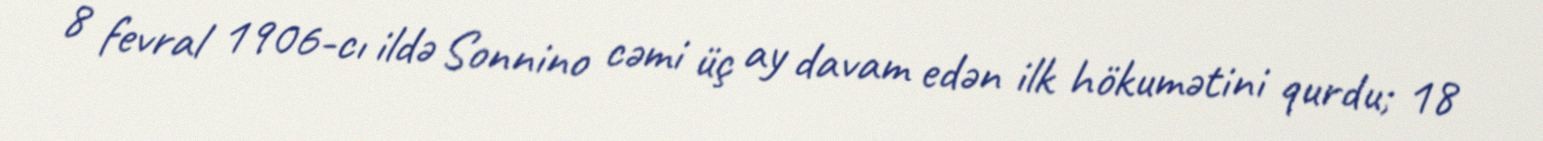
8 fevral 1906-cı ildə Sonnino cəmi üç ay davam edən ilk hökumətini qurdu; 18